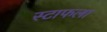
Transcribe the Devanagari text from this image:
स्टाफला